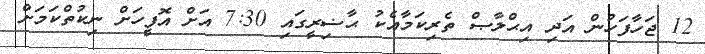
12 ޖަހާފަހުން އަދި އިޙްލާޞް ތެރިކަމާއެކު ޙާޟިރީގައި 7:30 އަށް އޮފީހަށް ނިކުތްކަމަށް